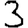
Digit: 3